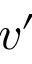
v ^ { \prime }